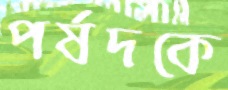
পর্ষদকে